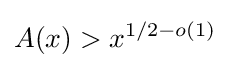
A(x)>x^{1/2-o(1)}